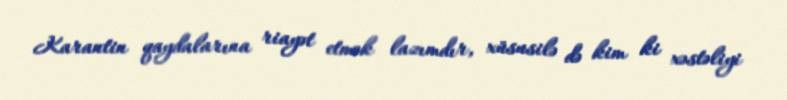
Karantin qaydalarına riayət etmək lazımdır, xüsusilə də kim ki xəstəliyi